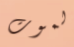
لموت